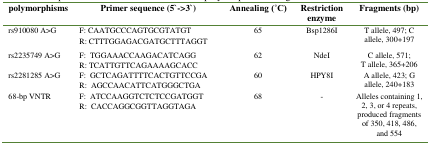
<table><thead><tr><td><b>polymorphisms</b></td><td><b>Primer sequence (5`-&gt;3`)</b></td><td><b>Annealing ( ̊C)</b></td><td><b>Restriction enzyme</b></td><td><b>Fragments (bp)</b></td></tr></thead><tbody><tr><td>rs910080 A&gt;G</td><td>F: CAATGCCCAGTGCGTATGTR: CTTTGGAGACGATGCTTTAGGT</td><td>65</td><td>Bsp1286I</td><td>T allele, 497; C allele, 300+197</td></tr><tr><td>rs2235749 A&gt;G</td><td>F: TGGAAACCAAGACATCAGGR: TCATTGTTCAGAAAAGCACC</td><td>62</td><td>NdeI</td><td>C allele, 571;T allele, 365+206</td></tr><tr><td>rs2281285 A&gt;G</td><td>F: GCTCAGATTTTCACTGTTCCGAR: AGCCAACATTCATGGGCTGA</td><td>60</td><td>HPY8I</td><td>A allele, 423; G allele, 240+183</td></tr><tr><td>68-bp VNTR</td><td>F: ATCCAAGGTCTCTCCGATGGTR: CACCAGGCGGTTAGGTAGA</td><td>68</td><td>-</td><td>Alleles containing 1, 2, 3, or 4 repeats, produced fragments of 350, 418, 486, and 554</td></tr></tbody></table>